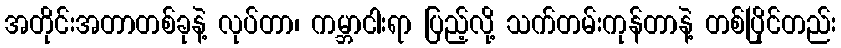
အတိုင်းအတာတစ်ခုနဲ့ လုပ်တာ၊ ကမ္ဘာငါးရာ ပြည့်လို့ သက်တမ်းကုန်တာနဲ့ တစ်ပြိုင်တည်း